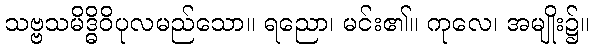
သဗ္ဗသမိဒ္ဓိဝိပုလမည်သော။ ရညော၊ မင်း၏။ ကုလေ၊ အမျိုး၌။